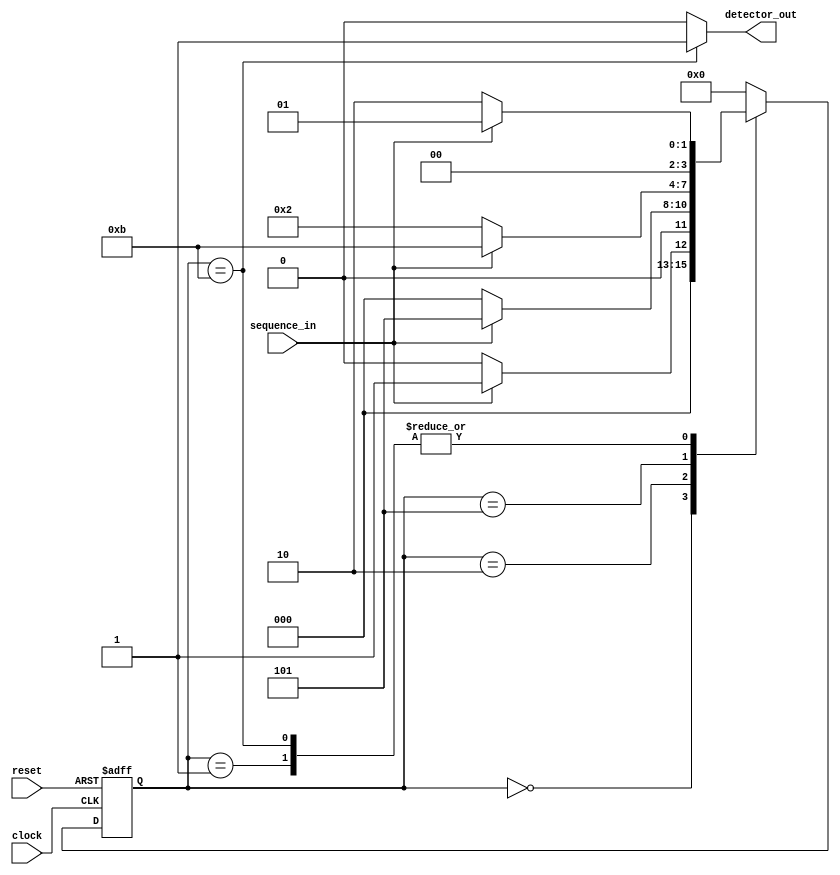
module Sequence_Detector_MOORE_Verilog(sequence_in,clock,reset,detector_out
    );
input clock;
input reset; 
input sequence_in; 
output reg detector_out; 
parameter  Zero=4'b0000, 
  One=4'b0001, 
  OneZero=4'b0010, 
  OneZeroOne=4'b0101, 
  OneZeroOneOne=4'b1011;
reg [3:0] current_state, next_state; 
always @(posedge clock, posedge reset)
begin
 if(reset==1) 
 current_state <= Zero;// when reset=1, reset the state of the FSM to "Zero" State
 else
 current_state <= next_state; // otherwise, next state
end 

always @(current_state,sequence_in)
begin
 case(current_state) 
 Zero:begin
  if(sequence_in==1)
   next_state = One;
  else
   next_state = Zero;
 end
 One:begin
  if(sequence_in==0)
   next_state = OneZero;
  else
   next_state = One;
 end
 OneZero:begin
  if(sequence_in==0)
   next_state = Zero;
  else
   next_state = OneZeroOne;
 end 
 OneZeroOne:begin
  if(sequence_in==0)
   next_state = OneZero;
  else
   next_state = OneZeroOneOne;
 end
 OneZeroOneOne:begin
  if(sequence_in==0)
   next_state = OneZero;
  else
   next_state = One;
 end
 default:next_state = Zero;
 endcase
end
always @(current_state)
begin 
 case(current_state) 
 Zero:   detector_out = 0;
 One:   detector_out = 0;
 OneZero:  detector_out = 0;
 OneZeroOne:  detector_out = 0;
 OneZeroOneOne:  detector_out = 1;
 default:  detector_out = 0;
 endcase
end 
endmodule